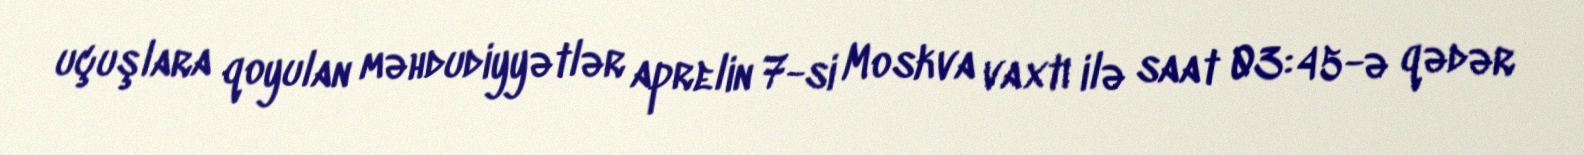
uçuşlara qoyulan məhdudiyyətlər aprelin 7-si Moskva vaxtı ilə saat 03:45-ə qədər